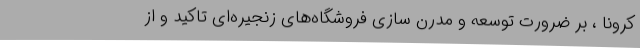
کرونا ، بر ضرورت توسعه و مدرن سازی فروشگاه‌های زنجیره‌ای تاکید و از